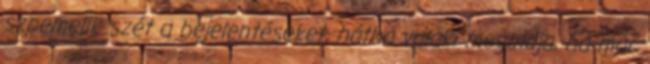
szpemelik szét a bejelentéseket, hátha valaki megoldja, ha már